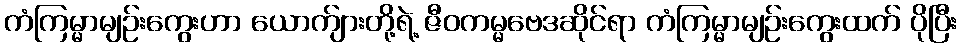
ကံကြမ္မာမျဉ်းကွေးဟာ ယောက်ျားတို့ရဲ့ ဇီဝကမ္မဗေဒဆိုင်ရာ ကံကြမ္မာမျဉ်းကွေးထက် ပိုပြီး